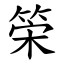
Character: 筞